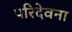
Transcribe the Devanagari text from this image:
परिदेवना